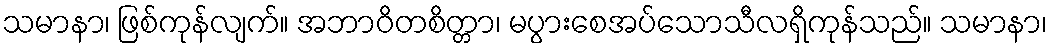
သမာနာ၊ ဖြစ်ကုန်လျက်။ အဘာဝိတစိတ္တာ၊ မပွားစေအပ်သောသီလရှိကုန်သည်။ သမာနာ၊